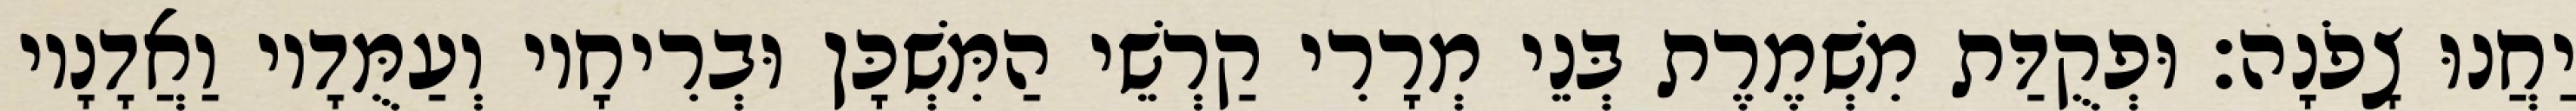
יַחֲנוּ צָפֹנָה׃ וּפְקֻדַּת מִשְׁמֶרֶת בְּנֵי מְרָרִי קַרְשֵׁי הַמִּשְׁכָּן וּבְרִיחָיו וְעַמֻּדָיו וַאֲדָנָיו